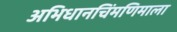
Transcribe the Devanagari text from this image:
अभिधानचिंमणिमाला